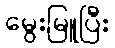
မွေးမြူပြီး